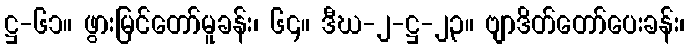
ဋ္ဌ-၆၁။ ဖွားမြင်တော်မူခန်း၊ ၆၄။ ဒီဃ-၂-ဋ္ဌ-၂၃။ ဗျာဒိတ်တော်ပေးခန်း၊